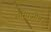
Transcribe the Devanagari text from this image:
सेम्पिओन